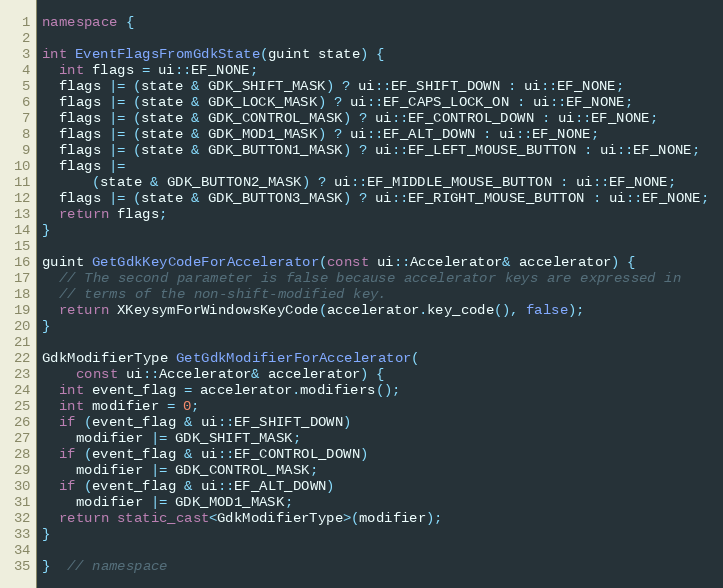
Language: C++
namespace {

int EventFlagsFromGdkState(guint state) {
  int flags = ui::EF_NONE;
  flags |= (state & GDK_SHIFT_MASK) ? ui::EF_SHIFT_DOWN : ui::EF_NONE;
  flags |= (state & GDK_LOCK_MASK) ? ui::EF_CAPS_LOCK_ON : ui::EF_NONE;
  flags |= (state & GDK_CONTROL_MASK) ? ui::EF_CONTROL_DOWN : ui::EF_NONE;
  flags |= (state & GDK_MOD1_MASK) ? ui::EF_ALT_DOWN : ui::EF_NONE;
  flags |= (state & GDK_BUTTON1_MASK) ? ui::EF_LEFT_MOUSE_BUTTON : ui::EF_NONE;
  flags |=
      (state & GDK_BUTTON2_MASK) ? ui::EF_MIDDLE_MOUSE_BUTTON : ui::EF_NONE;
  flags |= (state & GDK_BUTTON3_MASK) ? ui::EF_RIGHT_MOUSE_BUTTON : ui::EF_NONE;
  return flags;
}

guint GetGdkKeyCodeForAccelerator(const ui::Accelerator& accelerator) {
  // The second parameter is false because accelerator keys are expressed in
  // terms of the non-shift-modified key.
  return XKeysymForWindowsKeyCode(accelerator.key_code(), false);
}

GdkModifierType GetGdkModifierForAccelerator(
    const ui::Accelerator& accelerator) {
  int event_flag = accelerator.modifiers();
  int modifier = 0;
  if (event_flag & ui::EF_SHIFT_DOWN)
    modifier |= GDK_SHIFT_MASK;
  if (event_flag & ui::EF_CONTROL_DOWN)
    modifier |= GDK_CONTROL_MASK;
  if (event_flag & ui::EF_ALT_DOWN)
    modifier |= GDK_MOD1_MASK;
  return static_cast<GdkModifierType>(modifier);
}

}  // namespace